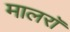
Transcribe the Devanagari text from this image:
मालरॉ